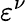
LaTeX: \varepsilon^{\nu}